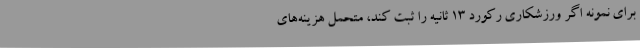
برای نمونه اگر ورزشکاری رکورد 13 ثانیه را ثبت کند، متحمل هزینه‌های